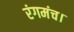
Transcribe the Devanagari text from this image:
रंगमंच।